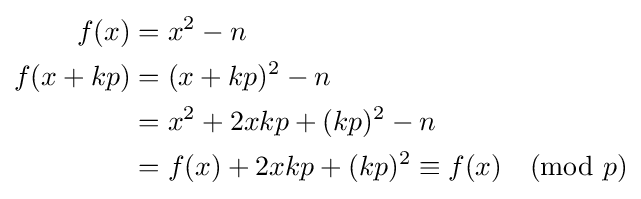
{\begin{aligned}f(x)&=x^{2}-n\\f(x+kp)&=(x+kp)^{2}-n\\&=x^{2}+2xkp+(kp)^{2}-n\\&=f(x)+2xkp+(kp)^{2}\equiv f(x){\pmod {p}}\end{aligned}}